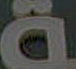
ة